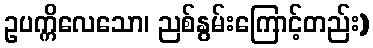
ဥပက္ကိလေသော၊ ညစ်နွမ်းကြောင့်တည်း)